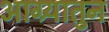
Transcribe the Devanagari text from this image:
आग्र्यातुन